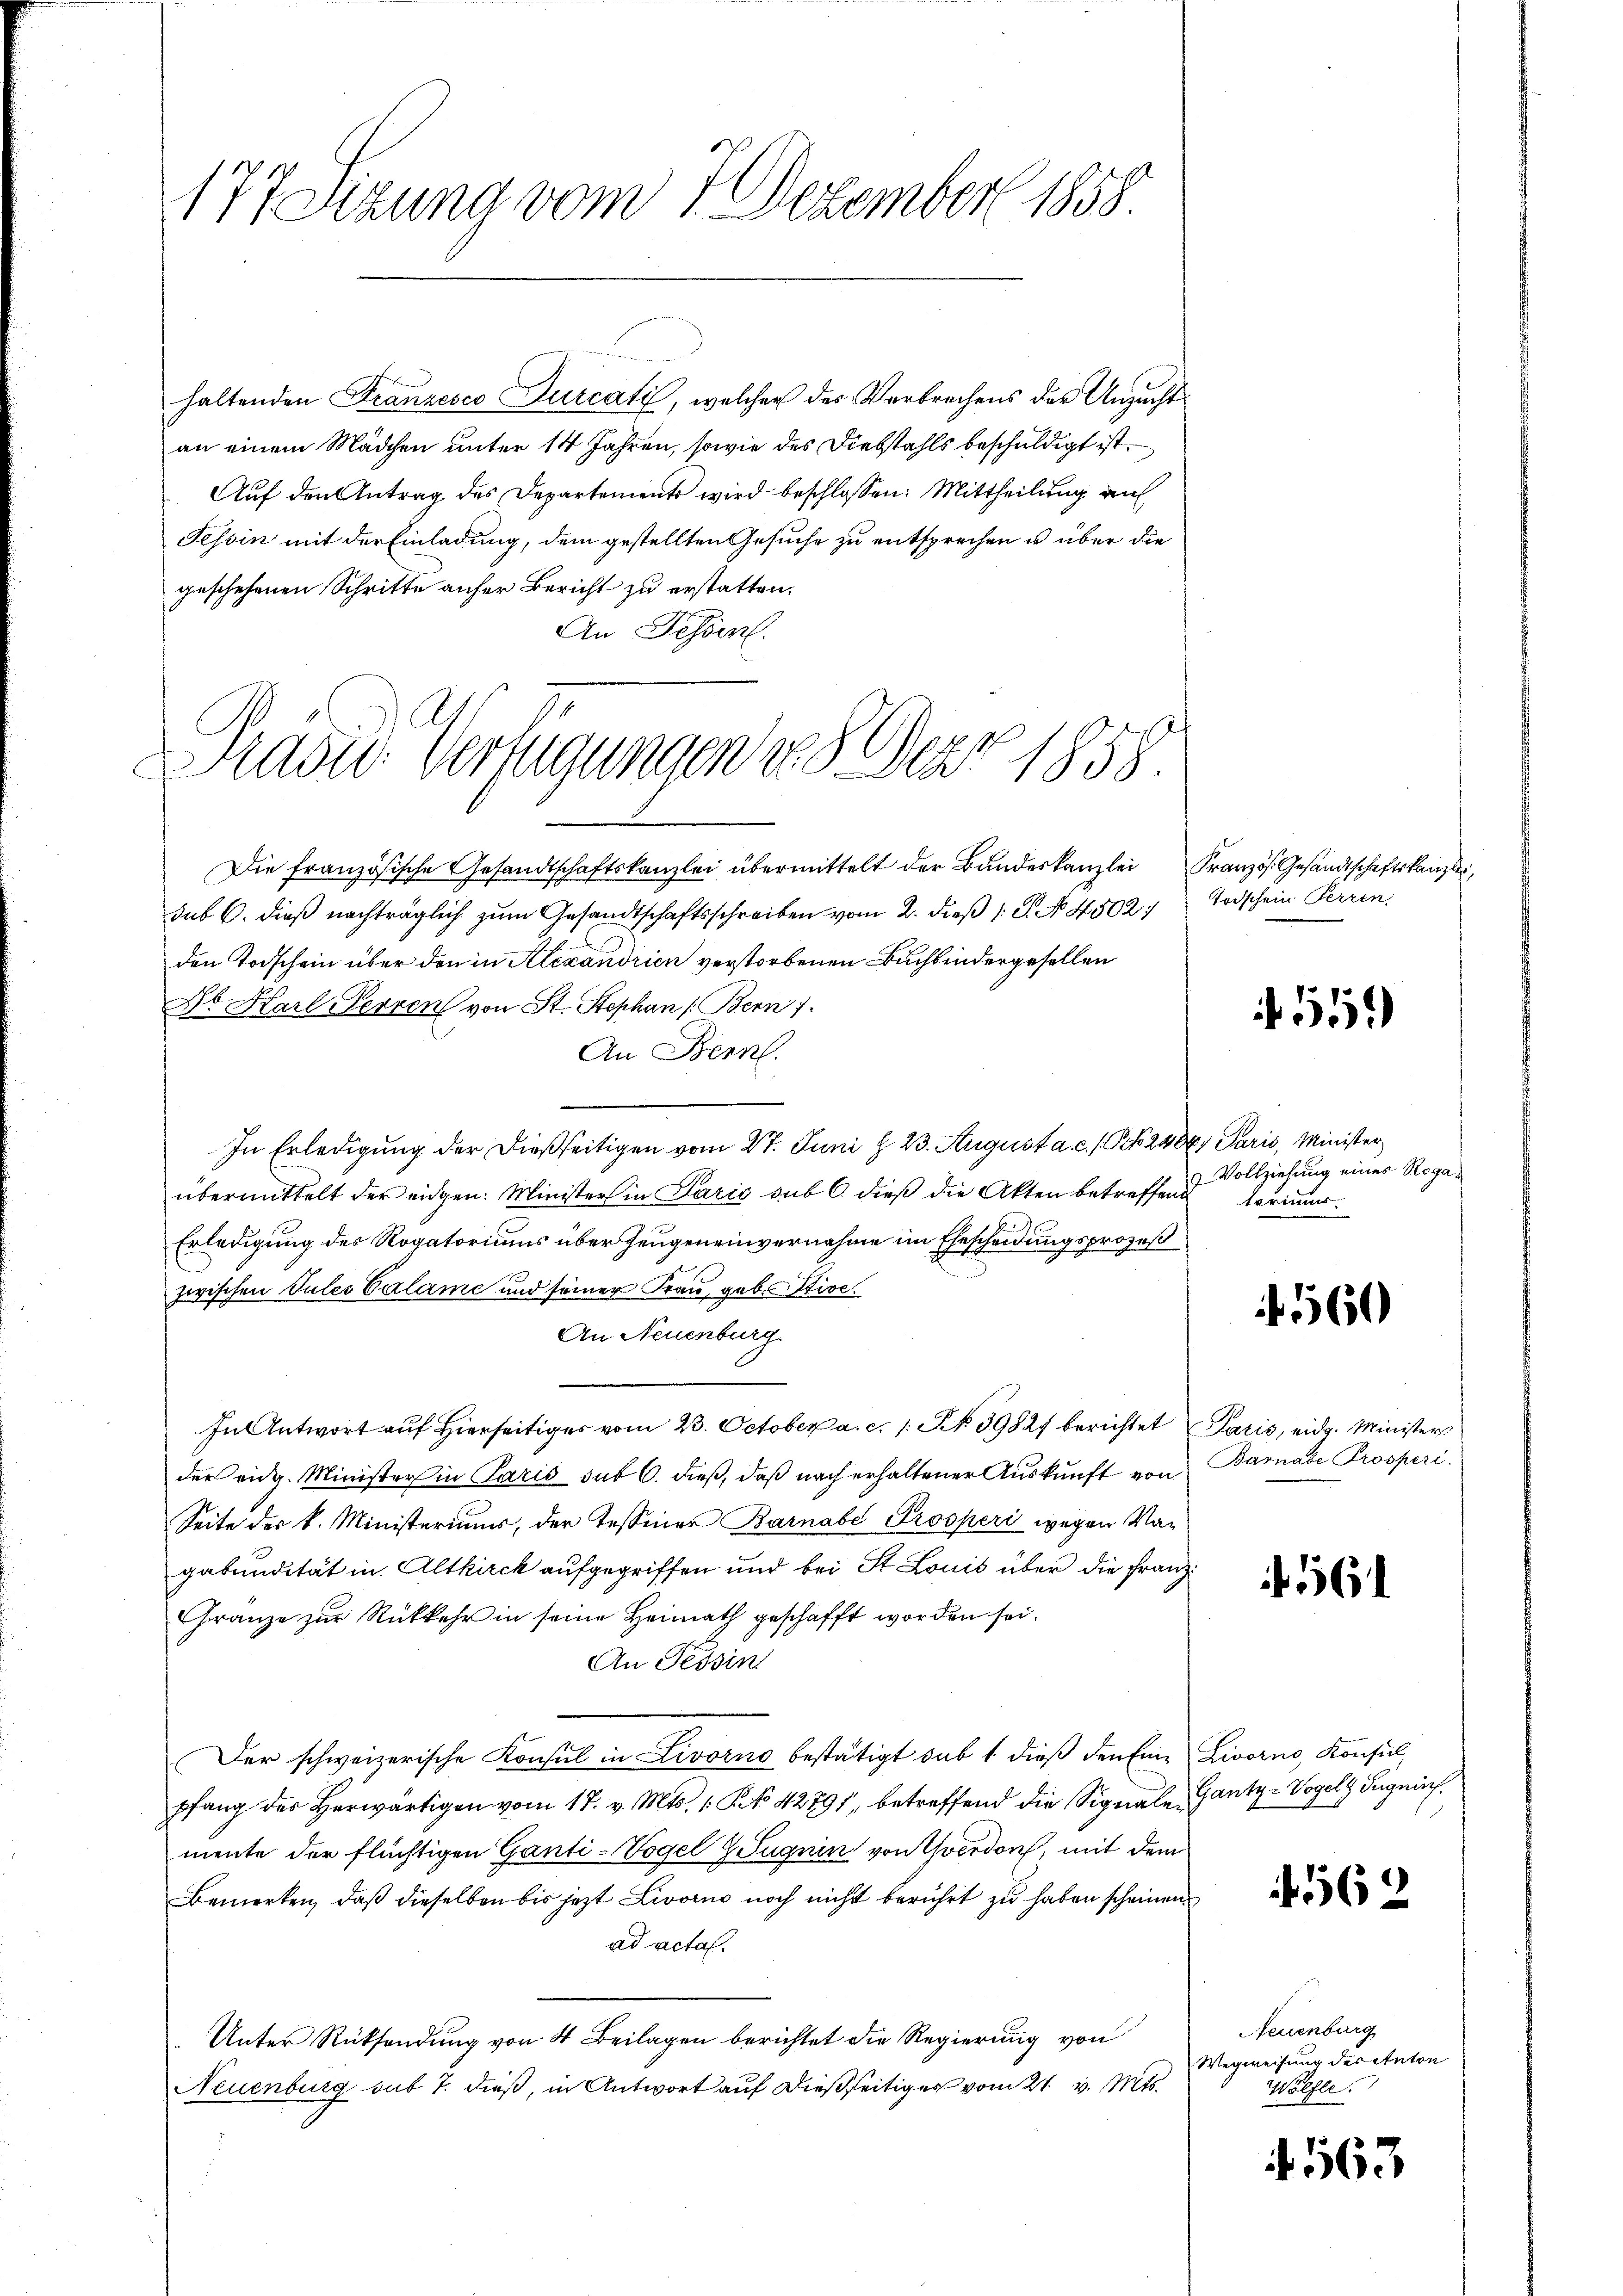
177 Sizung vom 7. Dezember 1858

haltenden Stranzesco Durcati, welcher der Verbrechens der Unzuchtan einem Mädchen unter 14 Jahren, sowie des Diebstahls beschuldigt ist.
Auf den Antrag des Departements wird beschlossen: Mittheilung auf
Tessin mit der Einladung, dem gestellten Gesuche zu entsprechen u über die
geschehenen Schritte aufer Bericht zu erstatten.
An Fessen.
Die französische Gesandtschaftskanzlei übermittelt der Bundeskanzlei Französ. Gesandtschaftskanzler
sub 6. dieß nachträglich zum Gesandtschaftsschreiben vom 2. dieß 1 S. No. 4502:
den Todschein über den in Alexandrien verstorbenen Buchbindergesellen
No Karl Herren von St. Stephan (Bern
An Bern.
In Erledigung der dießseitigen vom 27. Juni d. 23. August a. c. s. Bay Paris, Minister
übermittelt der eidgen. Minister in Paris sub 6 dieß die Akten betreffend Verimer.
Erledigung des Rogatoriums über Zeugeneinvernahme im Ehescheidungsprozeß
zwischen Tules Calame und seiner Frau, gebe Stive.
An Neuenburg.
In Antwort auf Hierseitiges vom 23. October a. c. 1. No. 39827 berichtet
der eidg. Minister in Paris sub 6. dieß, daß nach erhaltener Auskunft von
Seite der k. Ministeriums, der Tessiner Barnabe Prosperi wegen Vagabundität in Altkirck aufgegriffen und bei St. Louis über die Franz
Gränze zur Rückkehr in seine Heimath geschafft worden sei.
An Tessin
Der schweizerische Konsul in Livorno bestätigt sub 1 dieß den Eine Livorno, Konsul
pfang der Herwärtigen vom 17. v. Mts. 1 § 42791, betreffend die Signale Gantz-Vogel Signat
mente der flüchtigen Ganti-Vogel ZLugnin von Yverdon, mit dem
Bemerken, daß dieselben bis jezt Livorno noch nicht berührt zu haben scheinen
ad acta.
Unter Rücksendung von 4 Beilagen berichtet die Regierung von
Neuenburg sub 7. dieß, in Antwort auf dießseitiges vom 21. v. Mts.

Präsid. Verfügungen v. 8. Dar 1858.

trischein Perren:

555

Vollziehung eines Rega¬

560

Paris, eidg. Ministers
Barnabe Prosperi.

561

4562

Feuenburg
Wegweisung der Anton
Wölfle.

4563